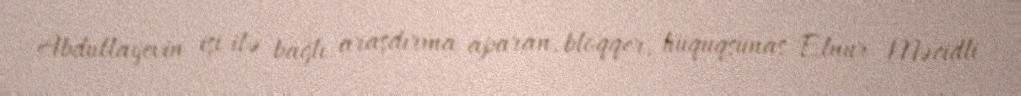
Abdullayevin işi ilə bağlı araşdırma aparan, bloqqer, hüquqşünas Elnur Məcidli